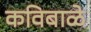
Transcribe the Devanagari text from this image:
कविबाळे